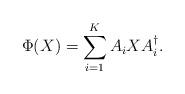
LaTeX: \begin{align*}\Phi(X) = \sum_{i=1}^K A_i X A_i^{\dagger}.\end{align*}